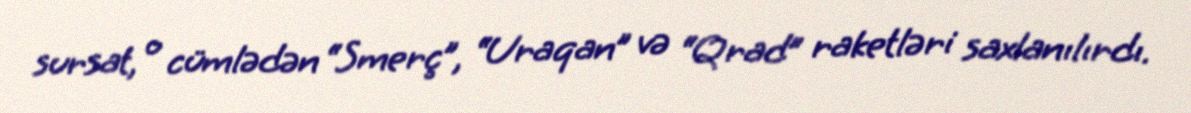
sursat, o cümlədən “Smerç”, “Uraqan” və “Qrad” raketləri saxlanılırdı.